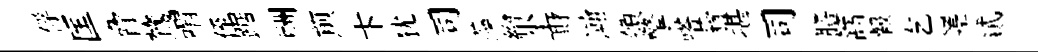
俘匡脅鷟喟侄踞酬煎卞犹司藻繒尘財瀚領擎嗒蓊堪司膳篙報乞嵳貳